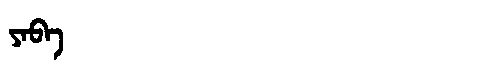
Manchu: ᠶᠠᠪᠠ
Romanization: YABA